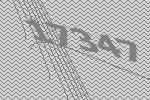
17347